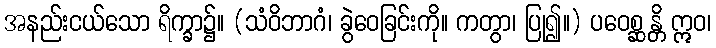
အနည်းငယ်သော ရိက္ခာ၌။ (သံဝိဘာဂံ၊ ခွဲဝေခြင်းကို။ ကတွာ၊ ပြု၍။) ပဝေစ္ဆန္တိ ဣဝ၊